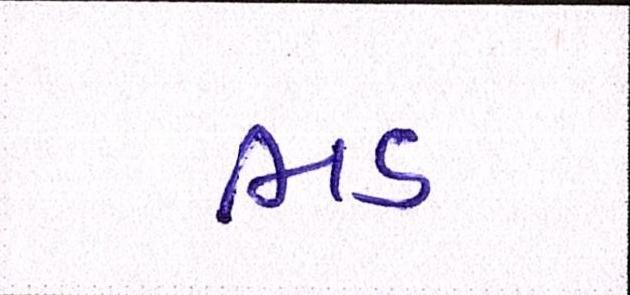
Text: ભડ